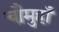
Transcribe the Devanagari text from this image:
चौमुहाँ